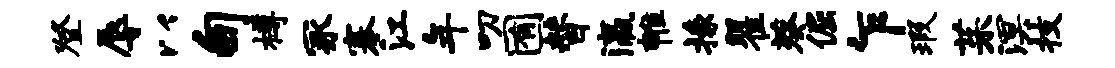
登辱以甸樽冢搴江年叨囿替瀛帷掾瞿葵倔乍瑕茱溟技